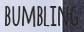
BUMBLING